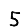
Digit: 5